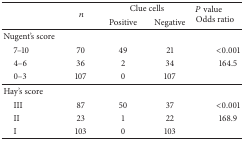
| <ROWSPAN=2>  | <ROWSPAN=2> n | <COLSPAN=2> Clue cells | <ROWSPAN=2> P valueOdds ratio |
 | Positive | Negative |
 | --- | --- | --- | --- | --- |
 | Nugent's score |  |  |  |  |
 | 7–10 | 70 | 49 | 21 | <0.001 |
 | 4–6 | 36 | 2 | 34 | 164.5 |
 | 0–3 | 107 | 0 | 107 |  |
 | Hay's score |  |  |  |  |
 | III | 87 | 50 | 37 | <0.001 |
 | II | 23 | 1 | 22 | 168.9 |
 | I | 103 | 0 | 103 |  |